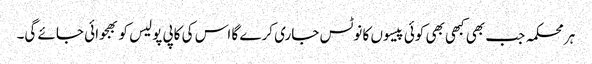
ہر محکمہ جب بھی کبھی بھی کوئی پیسوں کا نوٹس جاری کرے گا اس کی کاپی پولیس کو بھجوائی جائے گی۔